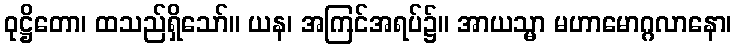
ဝုဋ္ဌိတော၊ ထသည်ရှိသော်။ ယန၊ အကြင်အရပ်၌။ အာယသ္မာ မဟာမောဂ္ဂလာနော၊